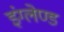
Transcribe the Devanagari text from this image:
इंग्लेण्ड